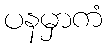
ပနမှာကံ